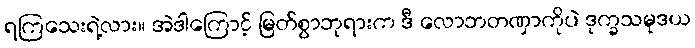
ရကြသေးရဲ့လား။ အဲဒါကြောင့် မြတ်စွာဘုရားက ဒီ လောဘတဏှာကိုပဲ ဒုက္ခသမုဒယ